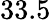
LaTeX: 33.5